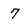
Character: 7